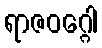
ရာဇဝဂ္ဂေါ